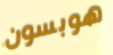
هوبسون